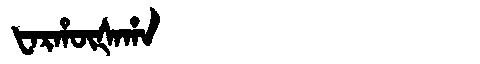
Manchu: ᡶᠠᡵᡥᡡᡧᠠᡥᠠ
Romanization: FARHŪŠAHA